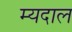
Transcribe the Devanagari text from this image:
म्यदाल